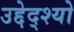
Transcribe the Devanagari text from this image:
उद्देद्श्यो